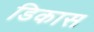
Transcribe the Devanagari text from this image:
डिकास